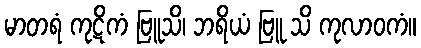
မာတရံ ကုဋိကံ ဗြူသိ၊ ဘရိယံ ဗြူ သိ ကုလာဝကံ။